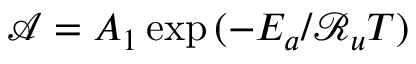
\mathcal { A } = A _ { 1 } \exp { ( { - E _ { a } } / { \mathcal { R } _ { u } T } ) }